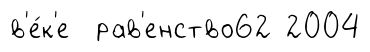
в'е́к'е рав'енство62 2004